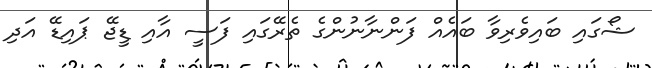
ޝޯގައި ބައިވެރިވާ ބައެއް ފަންނާނުންގެ ތެރޭގައި ފަސީ އާއި ޑީޖޭ ޕައިޑޭ އަދި